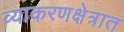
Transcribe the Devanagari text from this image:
व्याकरणक्षेत्रात